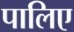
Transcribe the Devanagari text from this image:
पालिए